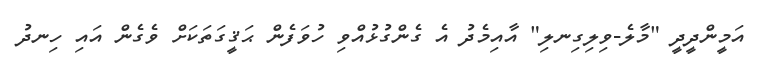
އަމީންދީދީ "މާލެ-ވިލިގިނލި" އާއިމެދު އެ ގެންގުޅުއްވި ހުވަފެން ޙަޤީގަތަކަށް ވެގެން އައި ހިނދު